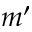
m ^ { \prime }